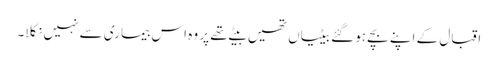
اقبال کے اپنے بچے ہو گئے بیٹیاں تھیں بیٹے تھے پر وہ اس بیما ری سے نہیں نکلا۔